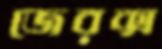
জেরক্স